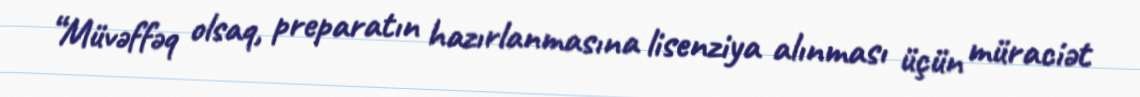
“Müvəffəq olsaq, preparatın hazırlanmasına lisenziya alınması üçün müraciət